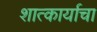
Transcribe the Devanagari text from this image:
शात्कार्याचा